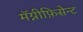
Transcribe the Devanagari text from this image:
मॅग्नीफ़िसेन्ट